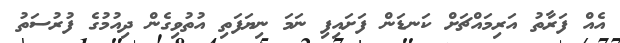
އެއް ފަރާތު އަރިމައްޗަށް ކަނޑަން ފަށައިފި ނަމަ ނިޔަފަތި އުތުވިގެން ދިއުމުގެ ފުރުސަތު